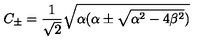
C _ { \pm } = \frac { 1 } { \sqrt { 2 } } \sqrt { \alpha ( \alpha \pm \sqrt { \alpha ^ { 2 } - 4 \beta ^ { 2 } } ) }